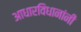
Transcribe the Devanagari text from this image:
आधारविधानांनी